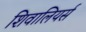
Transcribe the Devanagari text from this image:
शिवालियर्स